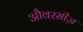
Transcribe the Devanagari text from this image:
औवरसीज़